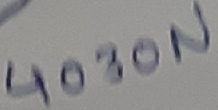
Text: 4030N